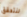
لنتحقق